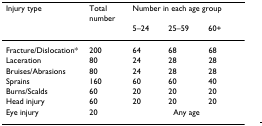
<table><thead><tr><td><b>Injury type</b></td><td><b>Total number</b></td><td colspan="3"><b>Number in each age group</b></td></tr><tr><td></td><td></td><td><b>5–24</b></td><td><b>25–59</b></td><td><b>60+</b></td></tr></thead><tbody><tr><td>Fracture/Dislocation*</td><td>200</td><td>64</td><td>68</td><td>68</td></tr><tr><td>Laceration</td><td>80</td><td>24</td><td>28</td><td>28</td></tr><tr><td>Bruises/Abrasions</td><td>80</td><td>24</td><td>28</td><td>28</td></tr><tr><td>Sprains</td><td>160</td><td>60</td><td>60</td><td>40</td></tr><tr><td>Burns/Scalds</td><td>60</td><td>20</td><td>20</td><td>20</td></tr><tr><td>Head injury</td><td>60</td><td>20</td><td>20</td><td>20</td></tr><tr><td>Eye injury</td><td>20</td><td colspan="3">Any age</td></tr></tbody></table>